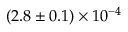
( 2 . 8 \pm 0 . 1 ) \times 1 0 ^ { - 4 }